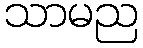
သာမည